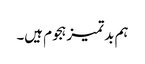
ہم بدتمیز ہجوم ہیں۔